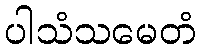
ပါသံသမေတံ